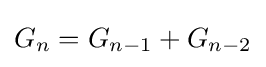
G_{n}=G_{n-1}+G_{n-2}